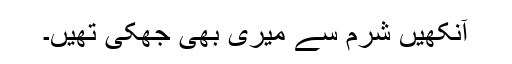
آنکھیں شرم سے میری بھی جھکی تھیں۔